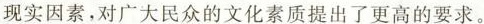
现实因素，对广大民众的文化素质提出了更高的要求。